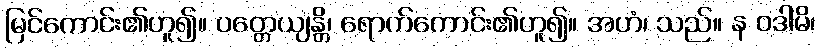
မြင်ကောင်း၏ဟူ၍။ ပတ္တေယျန္တိ၊ ရောက်ကောင်း၏ဟူ၍။ အဟံ၊ သည်။ န ဝဒါမိ၊